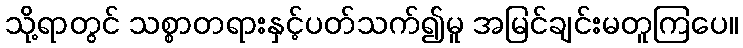
သို့ရာတွင် သစ္စာတရားနှင့်ပတ်သက်၍မူ အမြင်ချင်းမတူကြပေ။